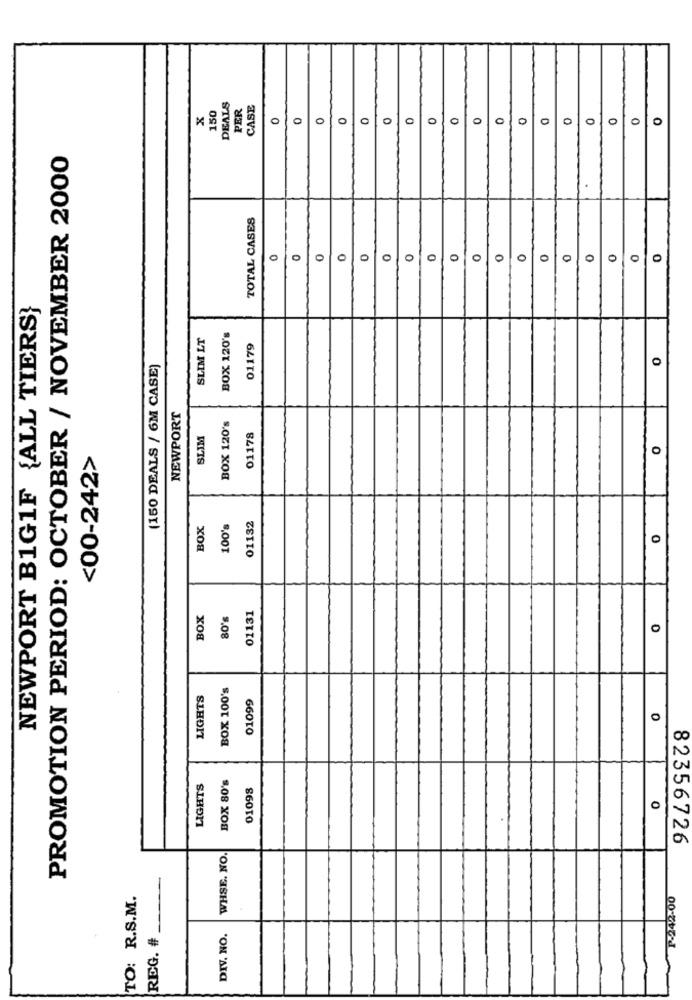
150
DEALS
PER
CASE
x
0
0
0
0
0
0
0
0
0
0
0
0
O
0
0
PROMOTION PERIOD: OCTOBER / NOVEMBER 2000
TOTAL CASES
0
O
0
0
0
0
0
0
0
0
0
0
0
0
0
NEWPORT B1G1F {ALL TIERS}
SLIM LT
BOX 120's
01179
(150 DEALS / 6M CASE)
0
NEWPORT
BOX 120's
SLIM
01178
<00-242>
BOX
100's
01132
0
BOX
80's
01131
0
BOX 100's
LIGHTS
01099
0
BOX 80's
LIGHTS
01098
0
82356726
WHSE. NO.
TO: R.S.M.
P-242-00
REG. #
DIV. NO.